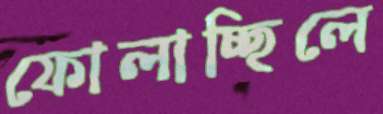
ফোলাচ্ছিলে